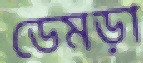
ডেমড়া